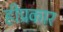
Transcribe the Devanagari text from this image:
हीप्रकार